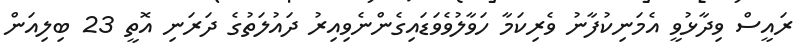
ރައީސް ވިދާޅުވީ އެމަނިކުފާނު ވެރިކަމާ ހަވާލުވެވަޑައިގެންނެވިއިރު ދައުލަތުގެ ދަރަނި އޮތީ 23 ބިލިއަން